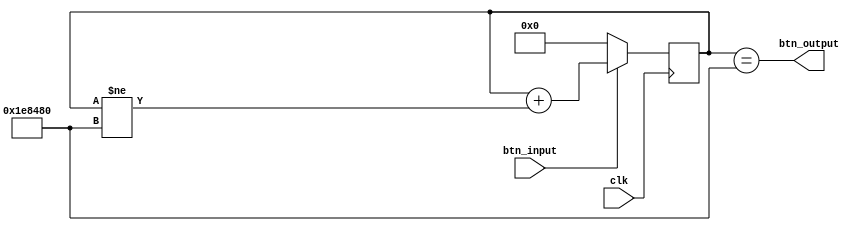
`timescale 1ns / 1ps
//////////////////////////////////////////////////////////////////////////////////
module debounce(input clk, input btn_input, output btn_output);

parameter DEBOUNCE_PERIOD = 2_000_000; /* 20 msec = (100,000,000*0.2) ticks @100MHz */

reg [$clog2(DEBOUNCE_PERIOD):0] counter;

assign btn_output = (counter == DEBOUNCE_PERIOD);

always@(posedge clk) begin
  if (btn_input == 0)
    counter <= 0;
  else
    counter <= counter + (counter != DEBOUNCE_PERIOD);
end

endmodule